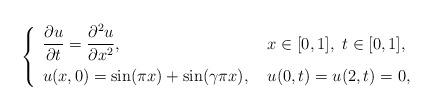
LaTeX: \begin{align*}\left\{ \renewcommand{\arraystretch}{1.5} \begin{array}{ll} \dfrac{\partial u}{\partial t} = \dfrac{\partial^2 u}{\partial x^2}, & \ x\in[0,1], \ t \in[0,1], \\ u(x,0) = \sin(\pi x) + \sin(\gamma \pi x), & \ u(0,t)=u(2,t)=0 , \end{array} \right.\end{align*}